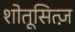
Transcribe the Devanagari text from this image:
शोतूसित्ज़